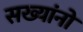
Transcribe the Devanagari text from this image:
सख्यांनो